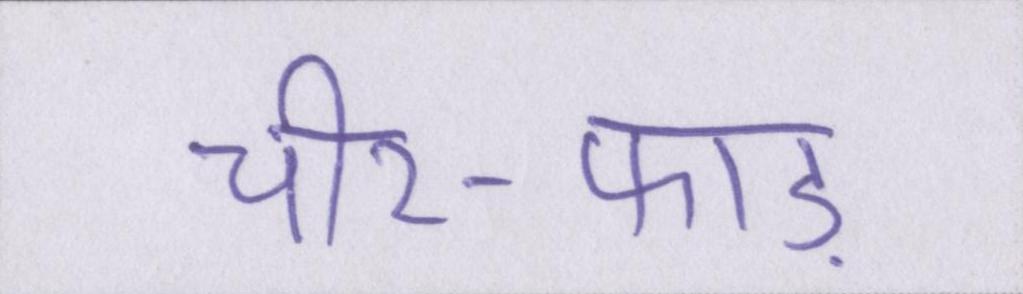
चीर-फाड़